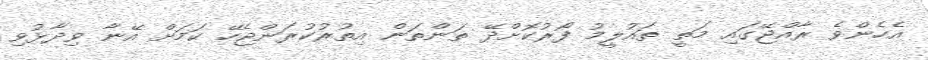
އެހެންވެ ރާއްޖޭގައި މަތީ ތައުލީމު ފޯރުކޮށްދޭ ތަންތަން އިތުރުކުރަންޖެހޭ ކަމަށް އޭނާ ވިދާޅުވި